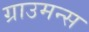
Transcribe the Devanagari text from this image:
ग्राउमन्स